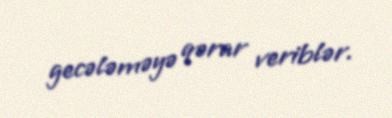
gecələməyə qərar veriblər.